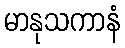
မာနုသကာနံ